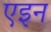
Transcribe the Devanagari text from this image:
एइन